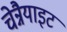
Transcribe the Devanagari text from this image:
चेन्नैयाइट